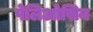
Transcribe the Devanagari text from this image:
पेलिओसिन